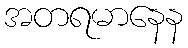
အတရမာနေန